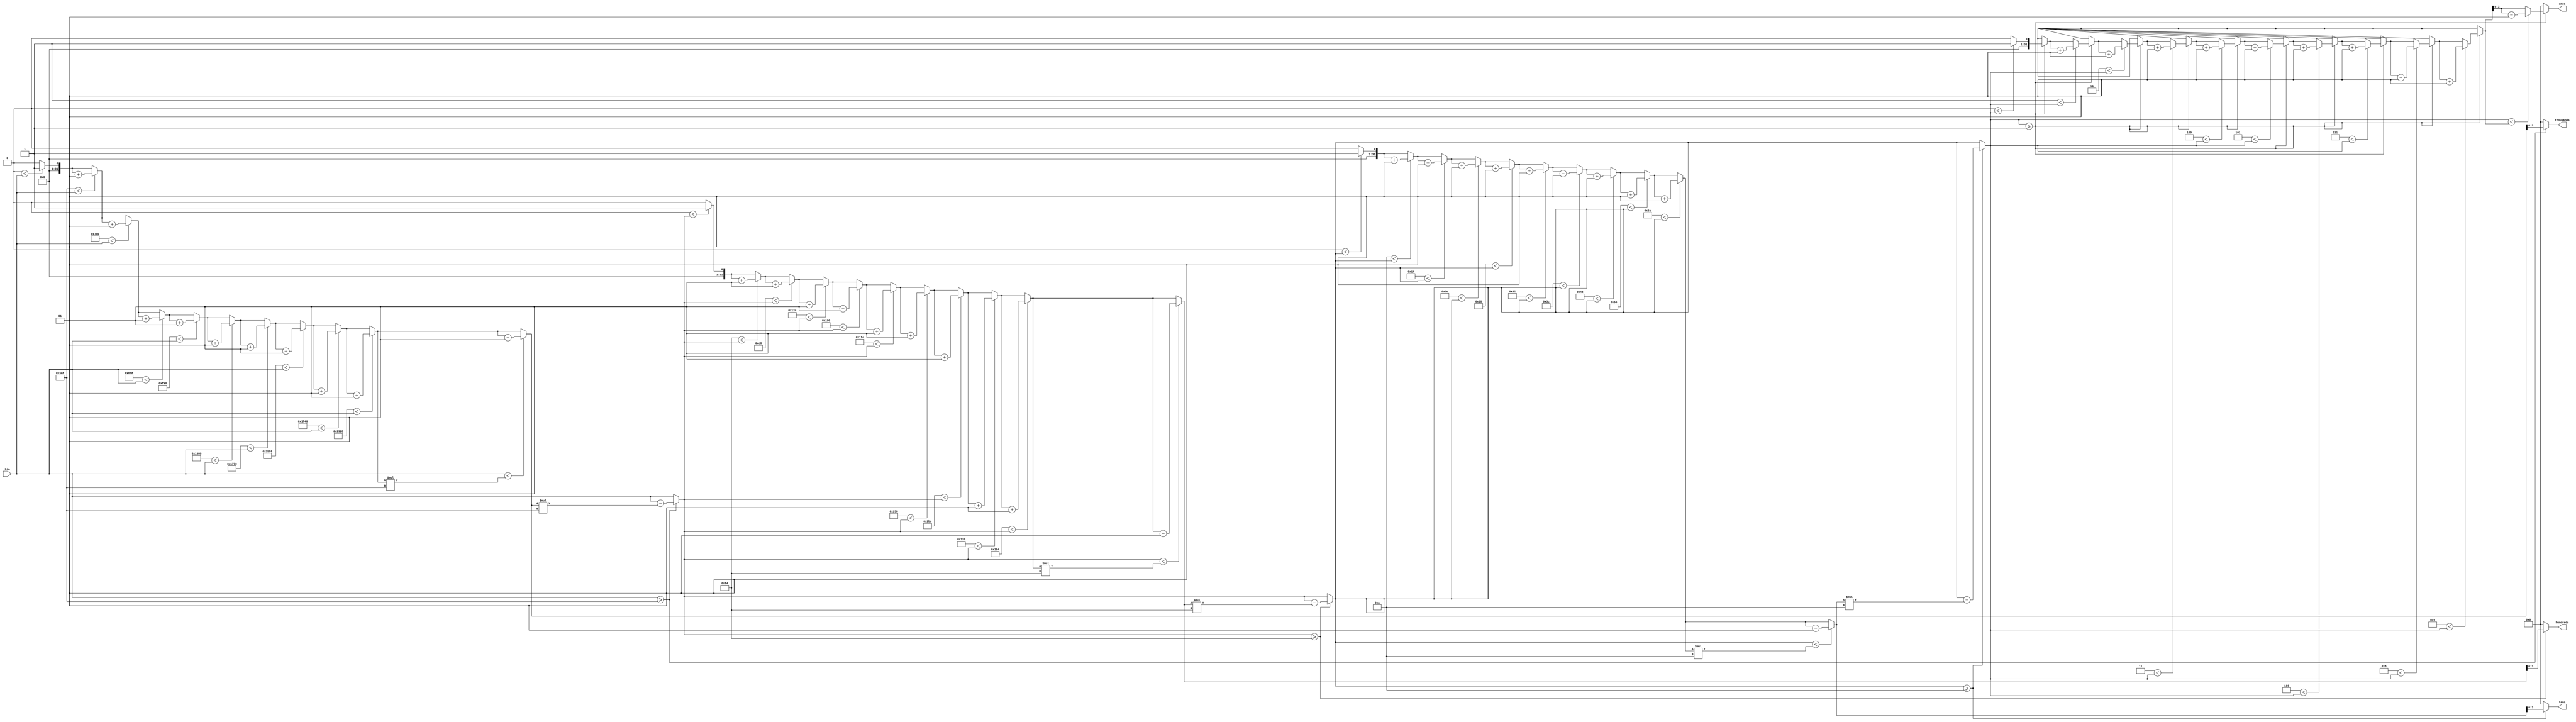
module bin_to_bcd(
    input wire [10:0] bin,
    output reg [3:0] ones,
    output reg [3:0] tens,
    output reg [3:0] hundreds,
    output reg [3:0] thousands
);
parameter THOU = 1000;
parameter HUND = 100;
parameter TENS = 10;
parameter ONES = 1;
reg [10:0] buffer;
integer i;
integer sub;
always @ (*)
begin
	buffer = bin;
	ones = 4'd0;
    tens = 4'd0;
    hundreds = 4'd0;
    thousands = 4'd0;
    sub = 0;
     if(buffer >= THOU) begin
     	for(i = 0; i < 10; i = i + 1) begin
     		if(i*THOU < buffer) begin
     			sub = sub + 1;
     		end
     	end
 		if(buffer < sub*THOU) begin
 			sub = sub - 1;
 		end
     	buffer = buffer - sub*THOU;
     	thousands = sub;
     end
     sub = 0;
     if(buffer >= HUND) begin
     	for(i = 0; i < 10; i = i + 1) begin
     		if(i*HUND < buffer) begin
     			sub = sub + 1;
     		end
     	end
 		if(buffer < sub*HUND) begin
 			sub = sub - 1;
 		end
     	buffer = buffer - sub*HUND;
     	hundreds = sub;
     end
     sub = 0;
     if(buffer >= TENS) begin
     	for(i = 0; i < 10; i = i + 1) begin
     		if(i*TENS < buffer) begin
     			sub = sub + 1;
     		end
     	end
 		if(buffer < sub*TENS) begin
 			sub = sub - 1;
 		end
     	buffer = buffer - sub*TENS;
     	tens = sub;
     end
     sub = 0;
     if(buffer >= ONES) begin
     	for(i = 0; i < 10; i = i + 1) begin
     		if(i*ONES < buffer) begin
     			sub = sub + 1;
     		end
     	end
 		if(buffer < sub) begin
 			sub = sub - 1;
 		end
     	buffer = buffer - sub;
     	ones = sub;
     end
end
endmodule